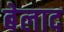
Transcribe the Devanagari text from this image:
बेलाद